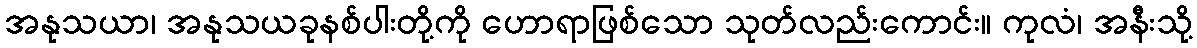
အနုသယာ၊ အနုသယခုနစ်ပါးတို့ကို ဟောရာဖြစ်သော သုတ်လည်းကောင်း။ ကုလံ၊ အနီးသို့